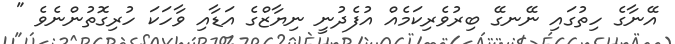
އޭނާގެ ހިތުގައި ނޭނގޭ ބިރުވެރިކަމެއް އުފެދުނީ ނިޔާޒްގެ އަޑާއި ވާހަކަ ހުރިގޮތުންނެވެ "